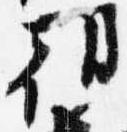
朝